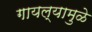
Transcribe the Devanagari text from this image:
गायल्यामुळे